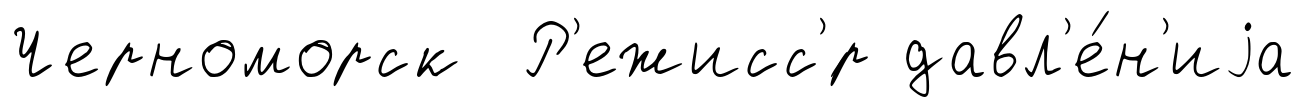
Черноморск Р'ежисс'́р давл'е́н'иjа